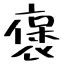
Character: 褒